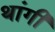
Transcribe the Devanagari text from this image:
थांगी